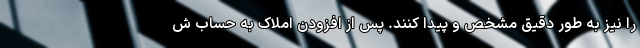
را نیز به طور دقیق مشخص و پیدا کنند. پس از افزودن املاک به حساب ش